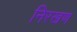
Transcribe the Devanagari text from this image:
निरखण